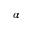
\alpha